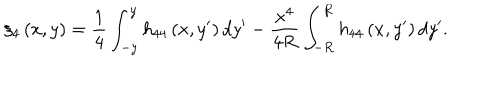
\xi _ { 4 } \left( x , y \right) = \frac { 1 } { 4 } \int _ { - y } ^ { y } h _ { 4 4 } \left( x , y ^ { \prime } \right) d y ^ { \prime } - \frac { x ^ { 4 } } { 4 R } \int _ { - R } ^ { R } h _ { 4 4 } \left( x , y ^ { \prime } \right) d y ^ { \prime } .